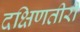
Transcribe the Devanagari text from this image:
दक्षिणतीरी